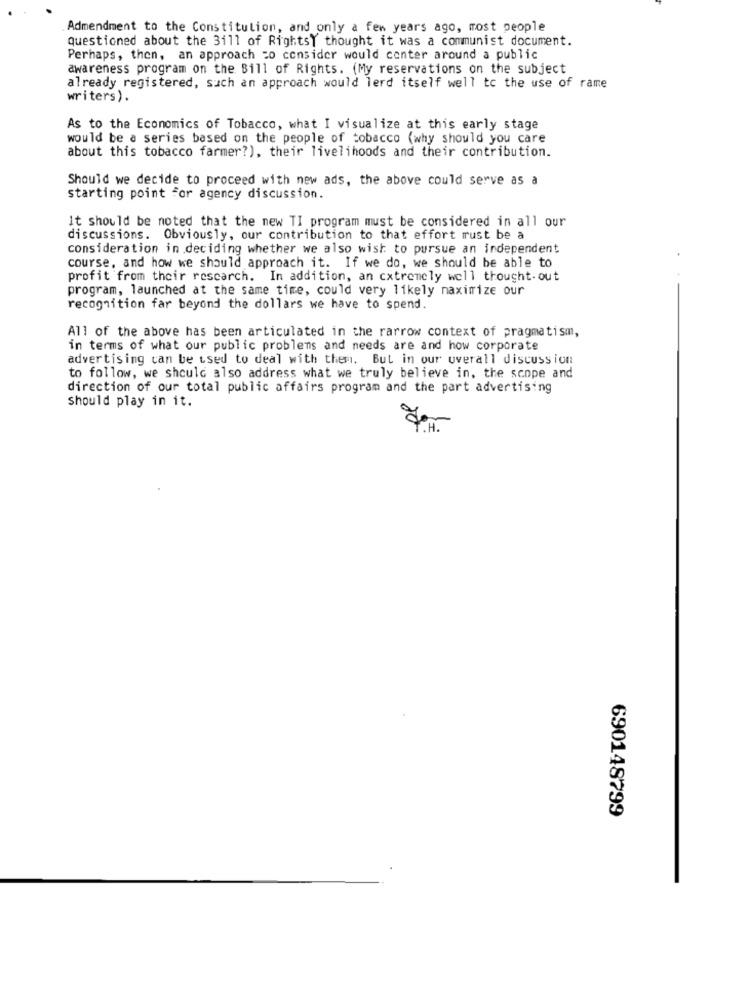
Admendment to the Constitution, and only a few years ago, most people
questioned about the Bill of RightsY thought it was a communist document.
Perhaps, then, an approach =o consider would center around a public
awareness program on the Bill of Rights. (My reservations on the subject
already registered, such an approach would lerd itself well to the use of rame
writers).
As to the Economics of Tobacco, what I visualize at this early stage
would be a series based on the people of tobacco (why should you care
about this tobacco farmer?), their livelihoods and their contribution.
Should we decide to proceed with new ads, the above could serve as a
starting point for agency discussion.
It should be noted that the new TI program must be considered in all our
discussions. Obviously, our contribution to that effort must be a
consideration in deciding whether we also wish to pursue an independent
course, and how we should approach it. If we do, we should be able to
profit from their rescarch. In addition, an cxtremely well thought- out
program, launched at the same time, could very likely maximize our
recognition far beyond the dollars we have to spend.
All of the above has been articulated in the rarrow context of pragmatism,
in terms of what our public problems and needs are and how corporate
advertising can be used to deal with them, But in our overall discussion
to follow, we should also address what we truly believe in, the scope and
direction of our total public affairs program and the part advertising
Should play in it.
690148799